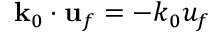
\mathbf { k } _ { 0 } \cdot \mathbf { u } _ { f } = - k _ { 0 } u _ { f }